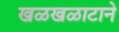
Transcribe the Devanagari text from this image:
खळखळाटाने